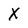
Character: X